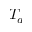
T _ { a }